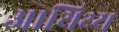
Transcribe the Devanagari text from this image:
आथिथ्य